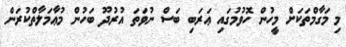
މި މަގާމްތަކަށް މީހުން ހޮވުމުގައި ޢަރަބި ބަސް ނުވަތަ އުރުދޫ ބަހުން މުޢާމަލާތްކުރަން